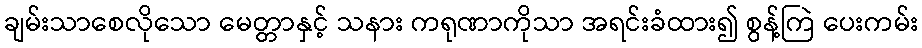
ချမ်းသာစေလိုသော မေတ္တာနှင့် သနား ကရုဏာကိုသာ အရင်းခံထား၍ စွန့်ကြဲ ပေးကမ်း